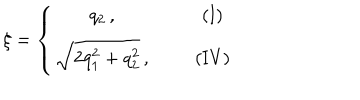
LaTeX: \xi = \left\{ \begin{array} { c c c } { { q _ { 2 } \, , } } & { { ~ ~ } } & { { \mathrm { ( I ) } } } \\ { { \sqrt { 2 q _ { 1 } ^ { 2 } + q _ { 2 } ^ { 2 } } \, , } } & { { } } & { { \mathrm { ( I V ) } } } \\ \end{array} \right.